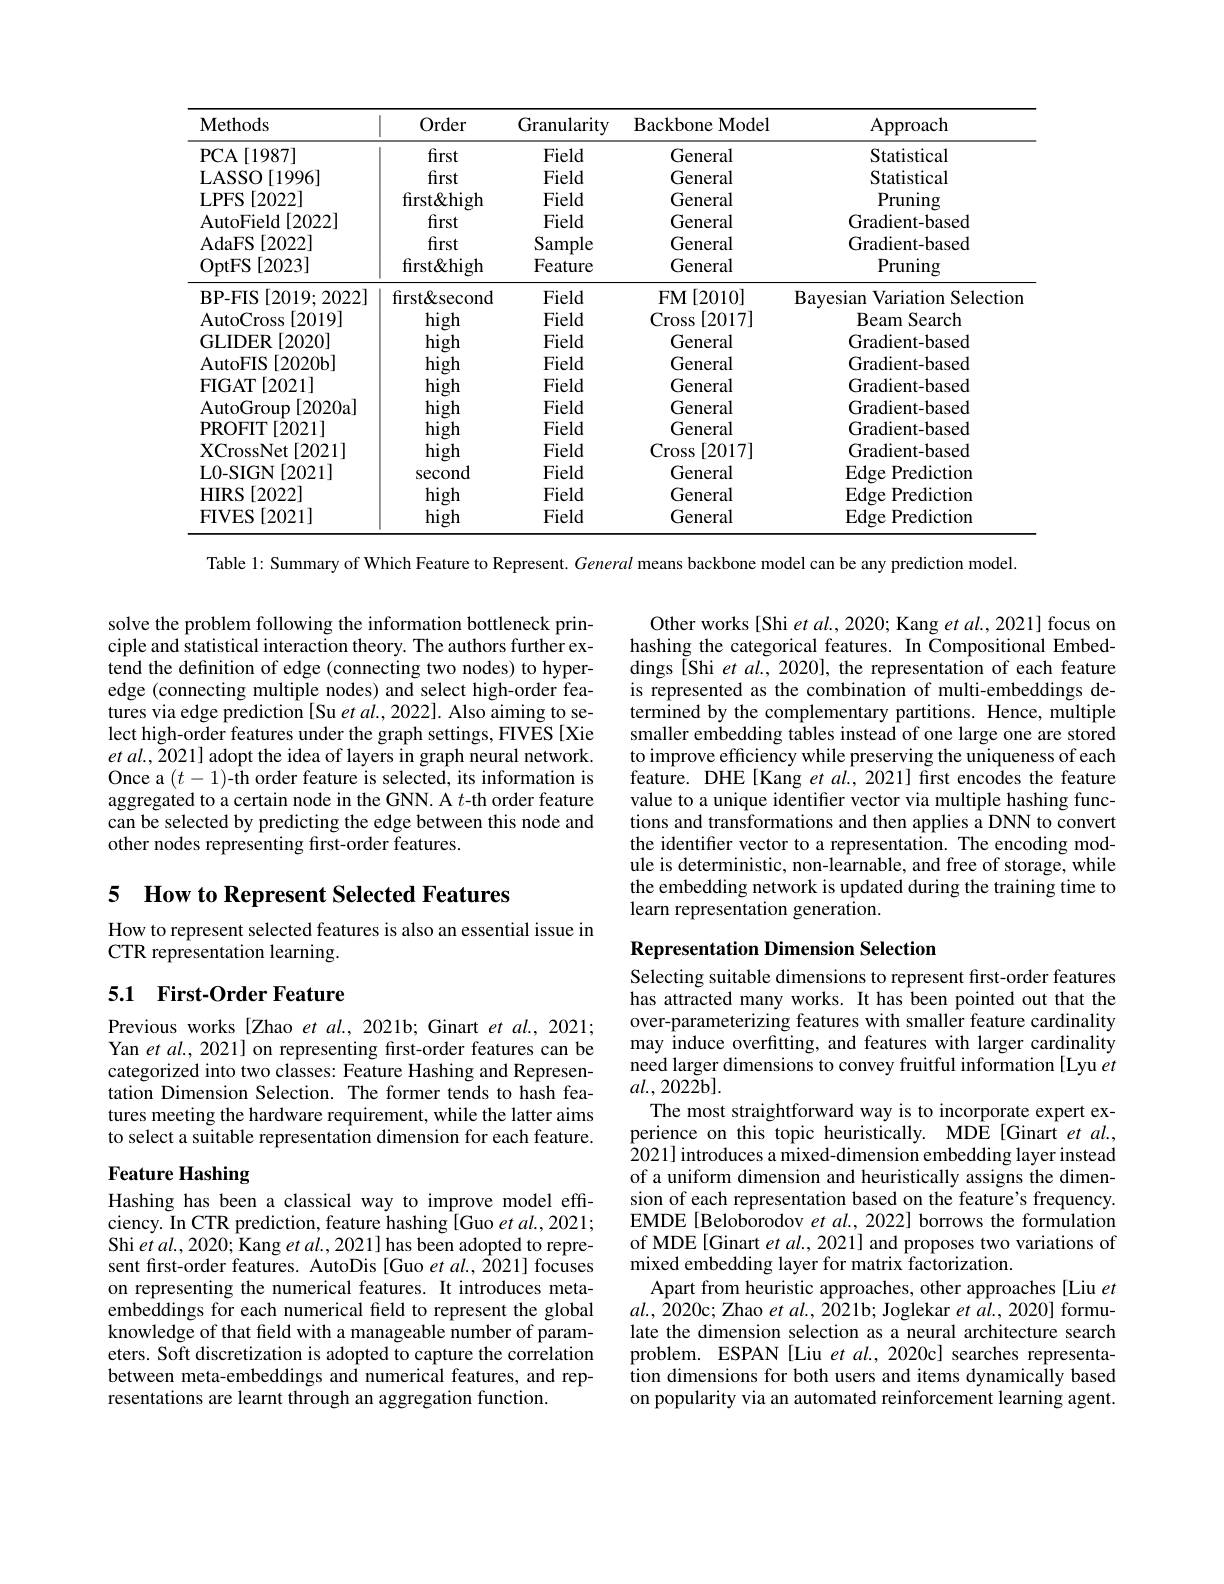
<table>
	<tbody>
		<tr>
			<th>Methods</th>
			<th>Order</th>
			<th>Granularity</th>
			<th>BackboneModel</th>
			<th>Approach</th>
		</tr>
		<tr>
			<td>PCA$\left [ 1987\right ]$</td>
			<td>first</td>
			<td>Field</td>
			<td>General</td>
			<td>Statistical</td>
		</tr>
		<tr>
			<td>LASSO[1996]</td>
			<td>first</td>
			<td>Field</td>
			<td>General</td>
			<td>Statistical</td>
		</tr>
		<tr>
			<td>$LPFS$ [2022]</td>
			<td>first&high</td>
			<td>Field</td>
			<td>General</td>
			<td>Pruning</td>
		</tr>
		<tr>
			<td>AutoField [2022]</td>
			<td>first</td>
			<td>Field</td>
			<td>General</td>
			<td>Gradient-based</td>
		</tr>
		<tr>
			<td>AdaFS [2022]</td>
			<td>first</td>
			<td>Sample</td>
			<td>General</td>
			<td>Gradient-based</td>
		</tr>
		<tr>
			<td>OptFS [ 2023] 、</td>
			<td>first&high</td>
			<td>Feature</td>
			<td>General</td>
			<td>Pruning</td>
		</tr>
		<tr>
			<td>$\mathbf BP-FIS$ [2019;2022]</td>
			<td>first&second</td>
			<td>Field</td>
			<td>FM$\left [ 2010\right ]$</td>
			<td>Bavesian Variation Selectior</td>
		</tr>
		<tr>
			<td>AutoCross [2019]</td>
			<td>high</td>
			<td>Field</td>
			<td>Cross [2017]</td>
			<td>$\mathbf{Beam}$ $\textbf{Search}$</td>
		</tr>
		<tr>
			<td>GLIDER [2020]</td>
			<td>high</td>
			<td>Field</td>
			<td>General</td>
			<td>Gradient-based</td>
		</tr>
		<tr>
			<td>AutoFIS [2020b] </td>
			<td>high</td>
			<td>Field</td>
			<td>General</td>
			<td>Gradient-based</td>
		</tr>
		<tr>
			<td>$\mathbf{FIGAT}$ [2021]</td>
			<td>high</td>
			<td>Field</td>
			<td>General</td>
			<td>Gradient-based</td>
		</tr>
		<tr>
			<td>AutoGroup [2020a]</td>
			<td>high</td>
			<td>Field</td>
			<td>General</td>
			<td>Gradient-based</td>
		</tr>
		<tr>
			<td>PROFIT [2021] </td>
			<td>high</td>
			<td>Field</td>
			<td>General</td>
			<td>Gradient- based</td>
		</tr>
		<tr>
			<td>XCrossNet [ 2021] </td>
			<td>high</td>
			<td>Field</td>
			<td>Cross [2017]</td>
			<td>Gradient- based</td>
		</tr>
		<tr>
			<td>L0- SIGN[ 2021] </td>
			<td>second</td>
			<td>Field</td>
			<td>General</td>
			<td>Edge Prediction</td>
		</tr>
		<tr>
			<td>$\mathbf{HIRS}$ [2022] </td>
			<td>high</td>
			<td>Field</td>
			<td>General</td>
			<td>Edge Prediction</td>
		</tr>
		<tr>
			<td>FIVES [2021] </td>
			<td>high</td>
			<td>Field</td>
			<td>General</td>
			<td>Edge Prediction</td>
		</tr>
	</tbody>
</table>

Table 1: Summary of Which Feature to Represent. General means backbone model can be any prediction model.

solve the problem following the information bottleneck principle and statistical interaction theory. The authors further extend the definition of edge (connecting two nodes) to hyperedge (connecting multiple nodes) and select high-order features via edge prediction[Su et $al.,2022].$ Also aiming to select high-order features under the graph settings, FIVES [Xie $etal.,2021]$ adopt the idea of layers in graph neural network. Once a $(t-1)$-th order feature is selected, its information is aggregated to a certain node in the GNN. A $t$-th order feature can be selected by predicting the edge between this node and other nodes representing first-order features.

Other works[Shi et al., 2020; Kang et al., 2021] focus on hashing the categorical features. In Compositional Embeddings [Shi et al., 2020], the representation of each feature is represented as the combination of multi-embeddings determined by the complementary partitions. Hence, multiple smaller embedding tables instead of one large one are stored to improve efficiency while preserving the uniqueness of each feature. DHE[Kang et al., 2021] first encodes the feature value to a unique identifier vector via multiple hashing functions and transformations and then applies a DNN to convert the identifier vector to a representation. The encoding module is deterministic, non-learnable, and free of storage, while the embedding network is updated during the training time to learn representation generation.

5 How to Represent Selected Features

How to represent selected features is also an essential issue in
CTR representation learning.

## Representation Dimension Selection

## 5.1 First-Order Feature

Previous works[Zhao et al., 2021b; Ginart et al., 2021; Yan et al., 2021] on representing first-order features can be categorized into two classes: Feature Hashing and Representation Dimension Selection. The former tends to hash features meeting the hardware requirement, while the latter aims to select a suitable representation dimension for each feature.

## Feature Hashing

Selecting suitable dimensions to represent first-order features has attracted many works. It has been pointed out that the over-parameterizing features with smaller feature cardinality may induce overfitting, and features with larger cardinality need larger dimensions to convey fruitful information [Lyu et $al.,2022$b].
The most straightforward way is to incorporate expert experience on this topic heuristically. MDE[Ginart et al., 2021] introduces a mixed-dimension embedding layer instead of a uniform dimension and heuristically assigns the dimension of each representation based on the feature's frequency. EMDE[Beloborodov et al., 2022] borrows the formulation of MDE[Ginart et $al.,2021]$ and proposes two variations of mixed embedding layer for matrix factorization.
Apart from heuristic approaches, other approaches[Liu $et$ $al.,2020$c; Zhao et al., 2021b; Joglekar et al., 2020] formulate the dimension selection as a neural architecture search problem. ESPAN [Liu et al.,2020c] searches representation dimensions for both users and items dynamically based on popularity via an automated reinforcement learning agent.

Hashing has been a classical way to improve model effciency. In CTR prediction, feature hashing [Guo et al., 2021; Shi $etal.,2020;$ Kang $etal.,2021]$ has been adopted to represent first-order features. AutoDis [Guo et al., 2021] focuses on representing the numerical features. It introduces metaembeddings for each numerical feld to represent the global knowledge of that field with a manageable number of parameters. Soft discretization is adopted to capture the correlation between meta-embeddings and numerical features, and representations are learnt through an aggregation function.